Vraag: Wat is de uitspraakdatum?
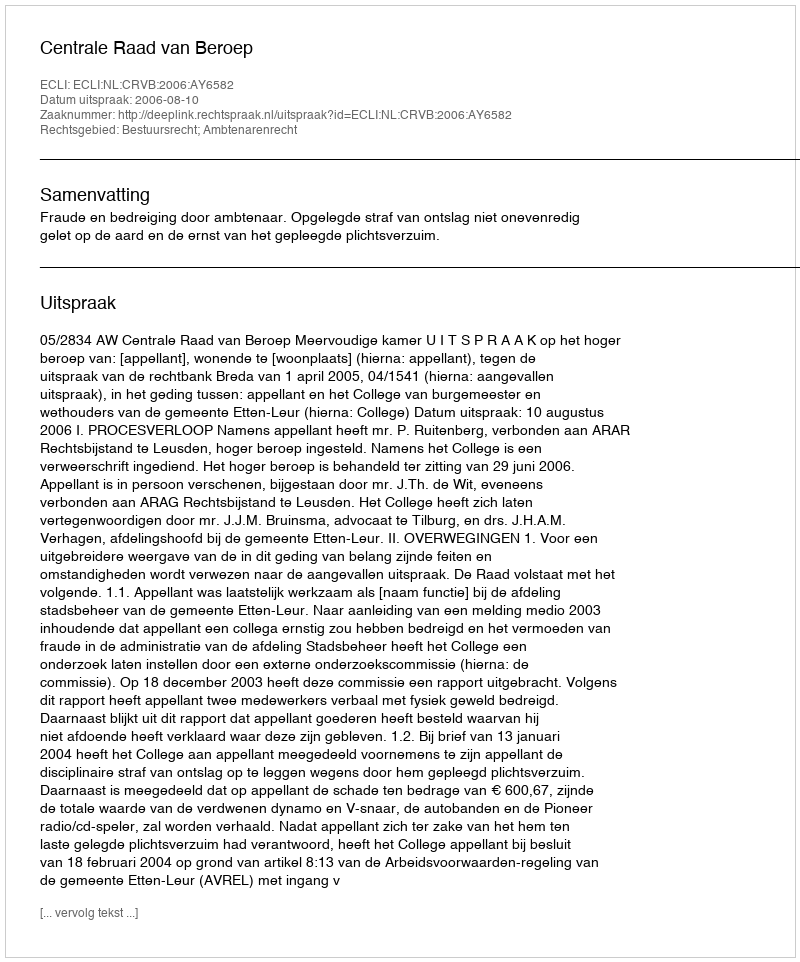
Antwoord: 2006-08-10